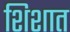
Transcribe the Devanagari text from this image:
शिशात